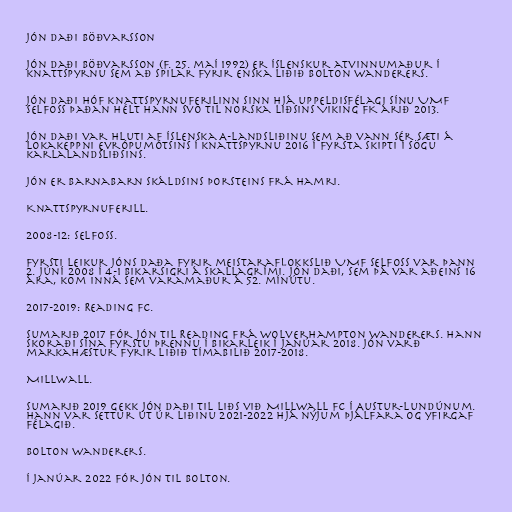
Jón Daði Böðvarsson

Jón Daði Böðvarsson (f. 25. maí 1992) er íslenskur atvinnumaður í
knattspyrnu sem að spilar fyrir enska liðið Bolton Wanderers.

Jón Daði hóf knattspyrnuferilinn sinn hjá uppeldisfélagi sínu UMF
Selfoss þaðan hélt hann svo til norska liðsins Viking FK árið 2013.

Jón Daði var hluti af íslenska A-landsliðinu sem að vann sér sæti á
lokakeppni Evrópumótsins í knattspyrnu 2016 í fyrsta skipti í sögu
karlalandsliðsins.

Jón er barnabarn skáldsins Þorsteins frá Hamri.

Knattspyrnuferill.

2008-12: Selfoss.

Fyrsti leikur Jóns Daða fyrir meistaraflokkslið UMF Selfoss var þann
2. júní 2008 í 4-1 bikarsigri á Skallagrími. Jón Daði, sem þá var aðeins 16
ára, kom inná sem varamaður á 52. mínútu.

2017-2019: Reading FC.

Sumarið 2017 fór Jón til Reading frá Wolverhampton Wanderers. Hann
skoraði sína fyrstu þrennu í bikarleik í janúar 2018. Jón varð
markahæstur fyrir liðið tímabilið 2017-2018.

Millwall.

Sumarið 2019 gekk Jón Daði til liðs við Millwall FC í Austur-Lundúnum.
Hann var settur út úr liðinu 2021-2022 hjá nýjum þjálfara og yfirgaf
félagið.

Bolton Wanderers.

Í janúar 2022 fór Jón til Bolton.